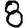
Digit: 8